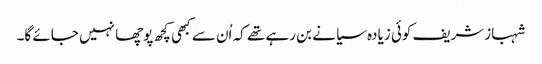
شہبازشریف کوئی زیادہ سیانے بن رہے تھے کہ اُن سے کبھی کچھ پوچھا نہیں جائے گا۔